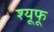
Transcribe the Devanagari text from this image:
श्यूफू